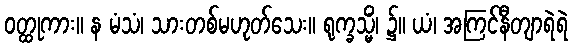
ဝတ္ထုကား။ န မံသံ၊ သားတစ်မဟုတ်သေး။ ရုက္ခသ္မိံ၊ ၌။ ယံ၊ အကြင်နီတျာရဲရဲ